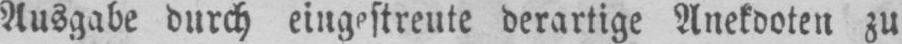
Ausgabe durch eingestreute derartige Anekdoten zu